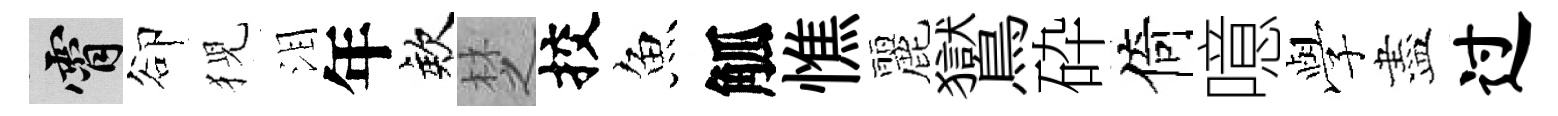
霄卻猊泪年欸椘挍魚觚憔麗鸑砕倚噫𫝯盡过